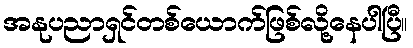
အနုပညာရှင်တစ်ယောက်ဖြစ်လို့နေပါပြီ။